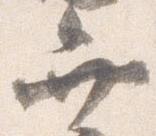
弁